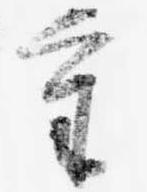
重